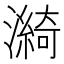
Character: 𤀽